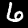
Digit: 6